Leaving Certificate Examination (including Day School Certificate (Higher) General paper), 1927
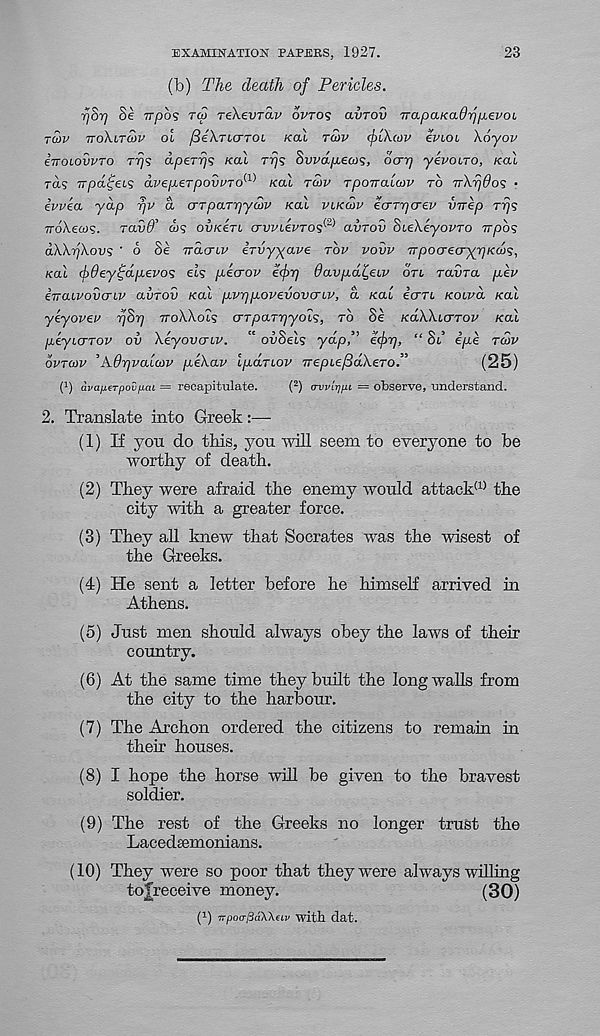
23
EXAMINATION PAPERS, 1927.
(b) The death of Pericles.
fSr] Se 7rpo? TO! Tekevrav ovros avrov Tr0.pa.Kad7jfj.ev0L
TCOV TToXiTCOV OL fiek-TLCTTOl Kal TCOV (jjlXojv eviOL \6yov
iiroLOVvTO Trj<; dperrjs Kal Trj<; SwapLeas, ocrr] yevoiro, KO.1
ras irpa^eL'i avefxerpovvTO^ Kal TCOV TpoTralcov TO Trkrjdos •
ivvea yap rjv a crTpaTpyaiv Kal VLKCOV ecrTTfcrev virep rrjs
TTokews. ravd’ ws ou/ceri crvvLevTOS^ aiirov SiekeyovTo irpos
aWyjkovs ' 6 Se Tracriv irvyyave rbv vovv TTpocrecryyfKd)';,
Kal (bdeyijdfjievos el? fiecrov efr) 6avp.al,eiv OTL raina p,ev
e-rraivovaLv aurov Kal p.vy)p.ovevovcrLV, a Kai ICTTI Koivd Kal
yeyovev 77S17 voWol? crTpaTpyoi?, TO Se Kakkarrov Kal
fieyiCTTOv ov keyovaiv.
ouoeis yap, ecpr),
OL efxe rcov
OVTOJV
, A.6rjvaL(x>v pekav lp.d.Tiov nepLefidkeTO.”
(25)
( 1 ) avajjLerpovfiai = recapitulate.
( 2 ) <rvvlr)pi = observe, understand.
2. Translate into Greek:—
(1) If yon do this, yon will seem to everyone to be
worthy of death.
(2) They were afraid the enemy would attack (1) the
city with a greater force.
(3) They all knew that Socrates was the wisest of
the Greeks.
(4) He sent a letter before he himself arrived in
Athens.
(5) Just men should always obey the laws of their
country.
(6) At the same time they built the long walls from
the city to the harbour.
(7) The Archon ordered the citizens to remain in
their houses.
(8) I hope the horse will be given to the bravest
soldier.
(9) The rest of the Greeks no longer trust the
Lacedsemonians.
(10)
They were so poor that they were
tojreceive money.
(30)
( 1 ) TTpoo-fiaWeLv with dat.